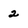
Character: 2